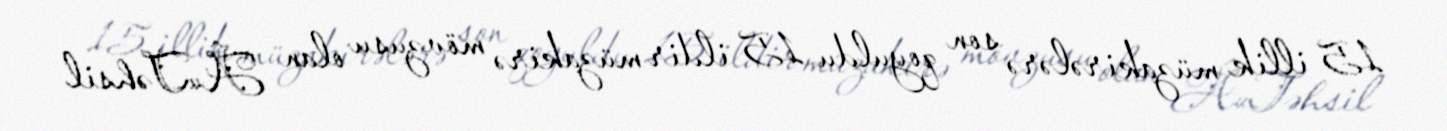
15 illik müzakirələrə son qoyuldu 15 ildir müzakirə mövzusu olan Â«Təhsil